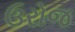
ઉરોજ